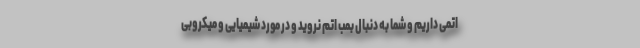
اتمی داریم و شما به دنبال بمب اتم نروید و در مورد شیمیایی و میکروبی